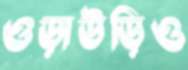
ওড়াউড়িও